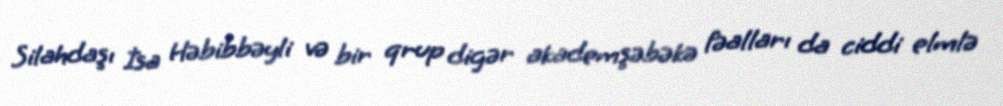
Silahdaşı İsa Həbibbəyli və bir qrup digər akademşəbəkə fəalları da ciddi elmlə